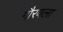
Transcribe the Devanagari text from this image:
गौरवला